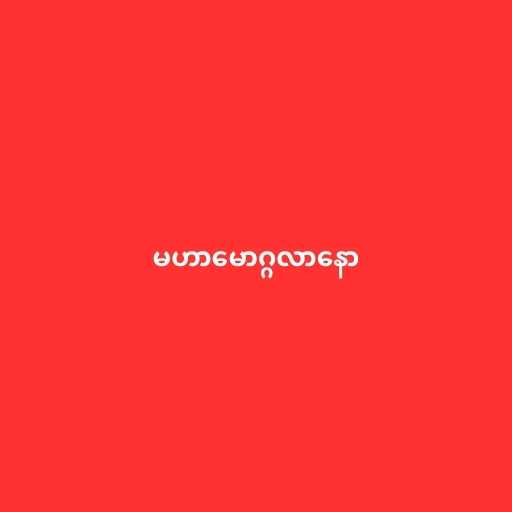
မဟာမောဂ္ဂလာနော